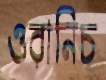
ওরানিচ